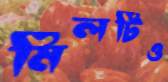
মিলটিও